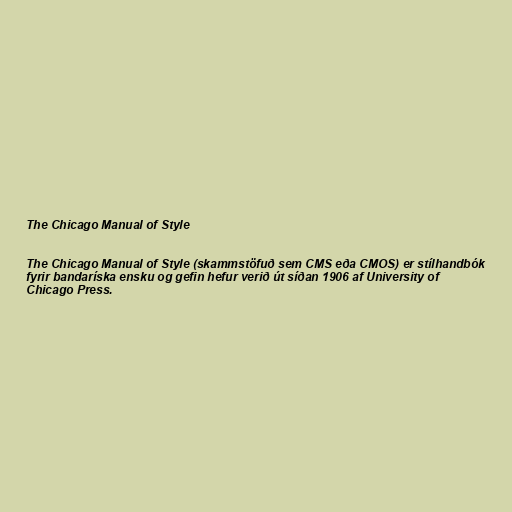
The Chicago Manual of Style

The Chicago Manual of Style (skammstöfuð sem CMS eða CMOS) er stílhandbók
fyrir bandaríska ensku og gefin hefur verið út síðan 1906 af University of
Chicago Press.